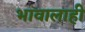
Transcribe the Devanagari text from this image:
भावालाही